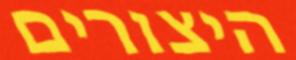
היצורים